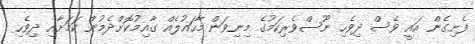
ފެށިގެން އައީ ވެސް ދިވެހި ނޫސްވެރިކަމުގެ މިނިވަން މާހައުލެއް ގާއިމުކޮށްދެމުން ކަމަށާއި ދިވެހި